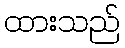
ထားသည်